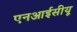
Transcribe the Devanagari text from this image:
एनआईसीयू